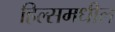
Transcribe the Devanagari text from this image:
हिल्समधील